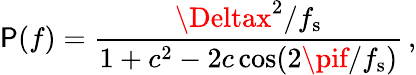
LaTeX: \mathsf{P}(f)=\frac{{{\Deltax}^{2}/f_{\mathrm{{s}}}}}{{1+c^{2}-2c\cos(2\pif/f_{\mathrm{{s}}})}}\, ,